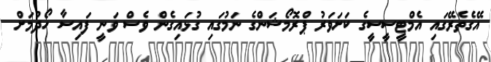
އޭގެތެރޭގައި އެމްޓީސީސީގެ ކަށަވަރު ޕްރޮމޯޝަންގެ ނަމުގައި ގުޅައިގެން ވެސް ވަނީ ފައިސާ ހޯދުމަށް